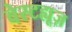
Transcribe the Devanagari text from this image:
वेस्टह्यूज़